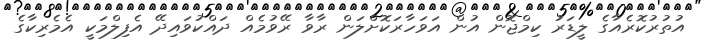
އުތުރުކޮރެއާގެ ލީޑަރު ކިމްޖޮން އުން އަވަހާރަކޮށްލަން ރާވާ ރޭވުމެއް ދައްކުވައިދޭ އެފިލްމަކީ އެމެރިކާގެ